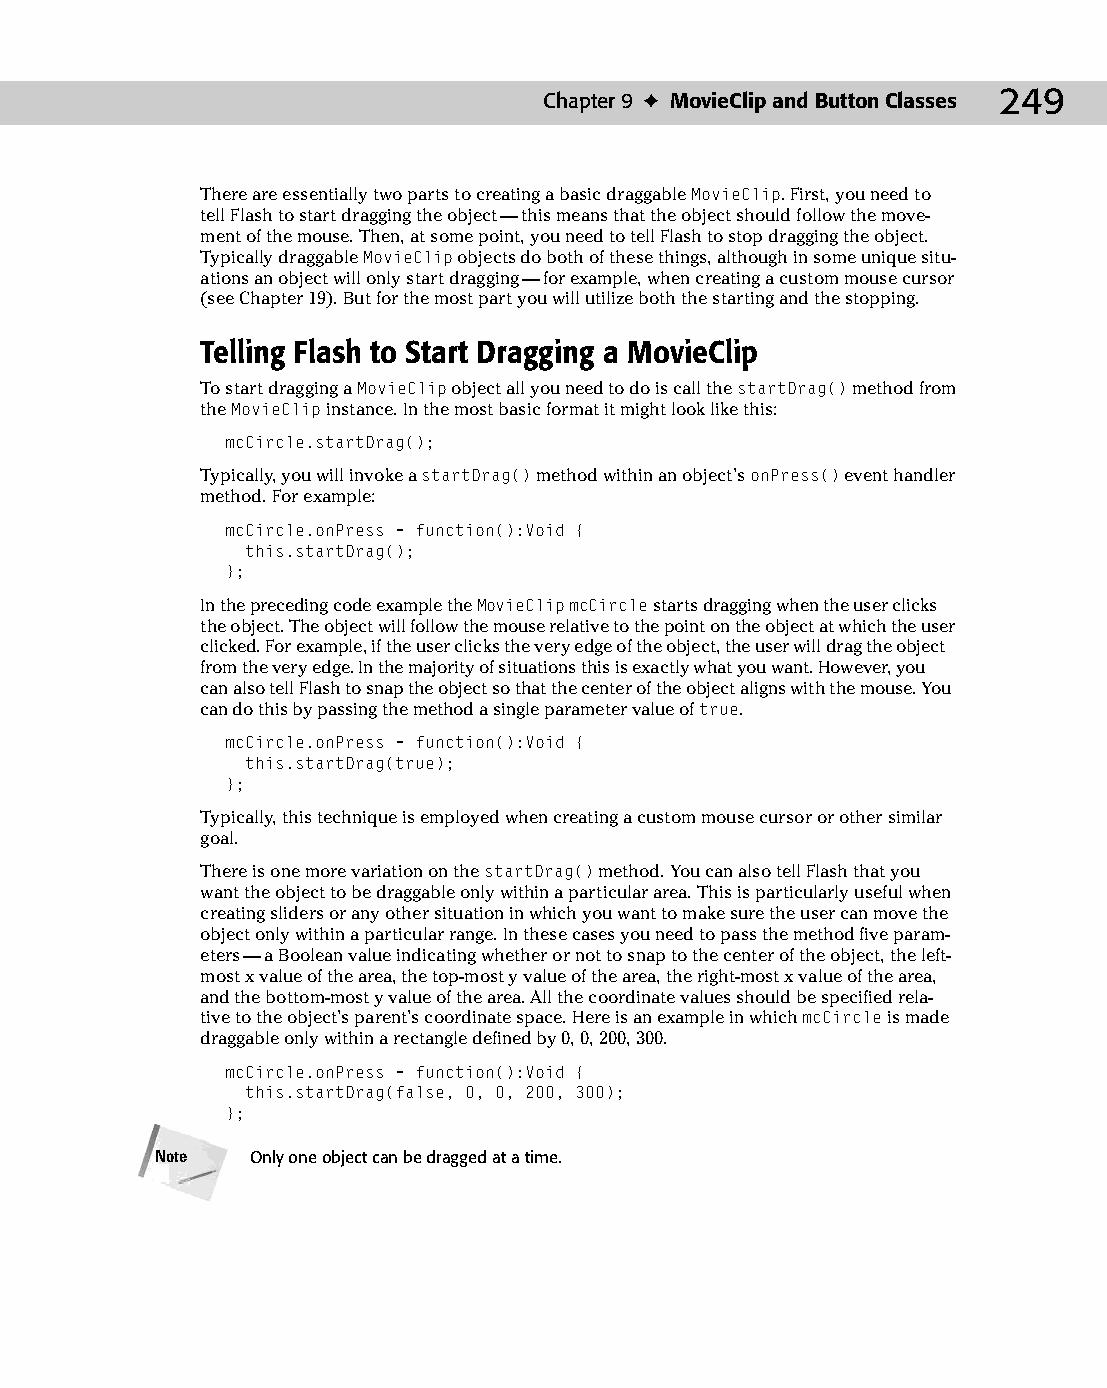
13 543547 ch09.qxd 3/24/04 3:49 PM Page 249
 Chapter 9 ✦ MovieClip and Button Classes 249
 There are essentially two parts to creating a basic draggable MovieClip. First, you need to
 tell Flash to start dragging the object — this means that the object should follow the move­
 ment of the mouse. Then, at some point, you need to tell Flash to stop dragging the object.
 Typically draggable MovieClip objects do both of these things, although in some unique situ­
 ations an object will only start dragging — for example, when creating a custom mouse cursor
 (see Chapter 19). But for the most part you will utilize both the starting and the stopping.
 Telling Flash to Start Dragging a MovieClip
 To start dragging a MovieClip object all you need to do is call the startDrag() method from
 the MovieClip instance. In the most basic format it might look like this:
 mcCircle.startDrag();
 Typically, you will invoke a startDrag() method within an object’s onPress() event handler
 method. For example:
 mcCircle.onPress = function():Void {
 this.startDrag();
 };
 In the preceding code example the MovieClip mcCircle starts dragging when the user clicks
 the object. The object will follow the mouse relative to the point on the object at which the user
 clicked. For example, if the user clicks the very edge of the object, the user will drag the object
 from the very edge. In the majority of situations this is exactly what you want. However, you
 can also tell Flash to snap the object so that the center of the object aligns with the mouse. You
 can do this by passing the method a single parameter value of true.
 mcCircle.onPress = function():Void {
 this.startDrag(true);
 };
 Typically, this technique is employed when creating a custom mouse cursor or other similar
 goal.
 There is one more variation on the startDrag() method. You can also tell Flash that you
 want the object to be draggable only within a particular area. This is particularly useful when
 creating sliders or any other situation in which you want to make sure the user can move the
 object only within a particular range. In these cases you need to pass the method five param­
 eters — a Boolean value indicating whether or not to snap to the center of the object, the left­
 most x value of the area, the top-most y value of the area, the right-most x value of the area,
 and the bottom-most y value of the area. All the coordinate values should be specified rela­
 tive to the object’s parent’s coordinate space. Here is an example in which mcCircle is made
 draggable only within a rectangle defined by 0, 0, 200, 300.
 mcCircle.onPress = function():Void {
 this.startDrag(false, 0, 0, 200, 300);
 };
 Note   Only one object can be dragged at a time.